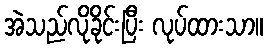
အဲသည်လိုခိုင်းပြီး လုပ်ထားသာ။